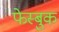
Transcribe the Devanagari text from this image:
फेस्बुक